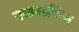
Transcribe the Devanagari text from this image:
एकराष्टिय